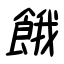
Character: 餓